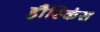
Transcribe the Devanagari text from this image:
हौस्किंस